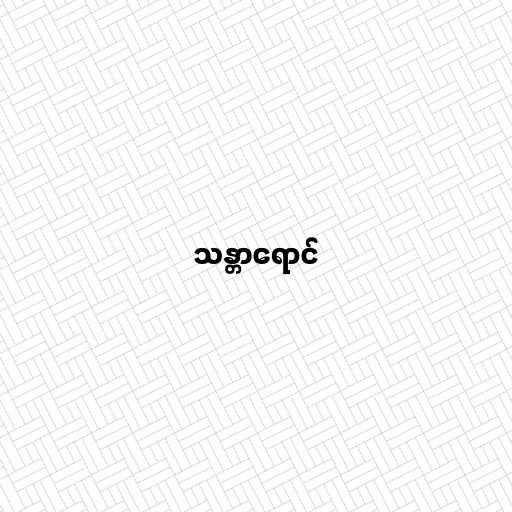
သန္တာရောင်